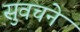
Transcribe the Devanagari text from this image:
सुवचने